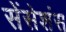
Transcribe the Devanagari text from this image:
सेंसेशंस